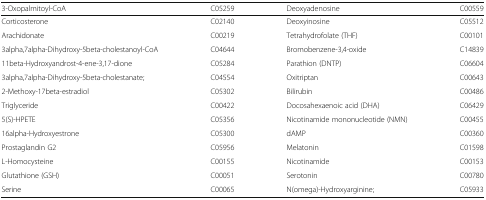
<table><thead><tr><td><b>3-Oxopalmitoyl-CoA</b></td><td><b>C05259</b></td><td><b>Deoxyadenosine</b></td><td><b>C00559</b></td></tr></thead><tbody><tr><td>Corticosterone</td><td>C02140</td><td>Deoxyinosine</td><td>C05512</td></tr><tr><td>Arachidonate</td><td>C00219</td><td>Tetrahydrofolate (THF)</td><td>C00101</td></tr><tr><td>3alpha,7alpha-Dihydroxy-5beta-cholestanoyl-CoA</td><td>C04644</td><td>Bromobenzene-3,4-oxide</td><td>C14839</td></tr><tr><td>11beta-Hydroxyandrost-4-ene-3,17-dione</td><td>C05284</td><td>Parathion (DNTP)</td><td>C06604</td></tr><tr><td>3alpha,7alpha-Dihydroxy-5beta-cholestanate;</td><td>C04554</td><td>Oxitriptan</td><td>C00643</td></tr><tr><td>2-Methoxy-17beta-estradiol</td><td>C05302</td><td>Bilirubin</td><td>C00486</td></tr><tr><td>Triglyceride</td><td>C00422</td><td>Docosahexaenoic acid (DHA)</td><td>C06429</td></tr><tr><td>5(S)-HPETE</td><td>C05356</td><td>Nicotinamide mononucleotide (NMN)</td><td>C00455</td></tr><tr><td>16alpha-Hydroxyestrone</td><td>C05300</td><td>dAMP</td><td>C00360</td></tr><tr><td>Prostaglandin G2</td><td>C05956</td><td>Melatonin</td><td>C01598</td></tr><tr><td>L-Homocysteine</td><td>C00155</td><td>Nicotinamide</td><td>C00153</td></tr><tr><td>Glutathione (GSH)</td><td>C00051</td><td>Serotonin</td><td>C00780</td></tr><tr><td>Serine</td><td>C00065</td><td>N(omega)-Hydroxyarginine;</td><td>C05933</td></tr></tbody></table>